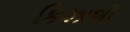
કિઝાશી